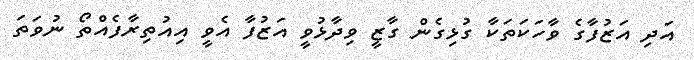
އަދި އަޒުފާގެ ވާހަކަތަކާ ގުޅިގެން ގާޒީ ވިދާޅުވީ އަޒުފާ އެވީ އިއުތިރާފެއްތޯ ނުވަތަ